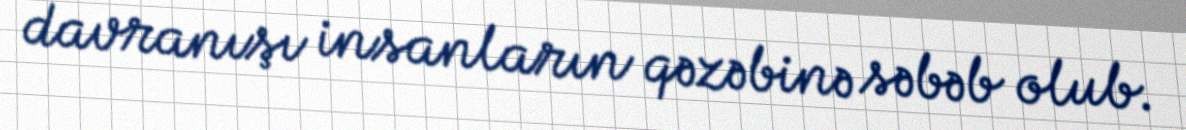
davranışı insanların qəzəbinə səbəb olub.